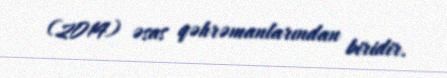
(2014) əsas qəhrəmanlarından biridir.